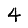
Digit: 4